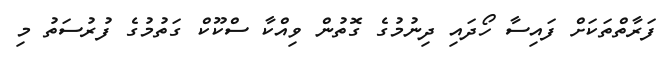
ފަރާތްތަކަށް ފައިސާ ހޯދައި ދިނުމުގެ ގޮތުން ވިއްކާ ސްކޫކް ގަތުމުގެ ފުރުސަތު މި